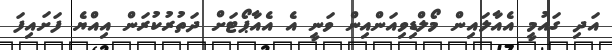
އަދި ގައުމީ އެއާލައިން މޯލްޑިވިއަންއިން ވަނީ އެ އެއާޕޯޓަށް ދަތުރުކުރަން އިއްޔެ ފަށައިފަ